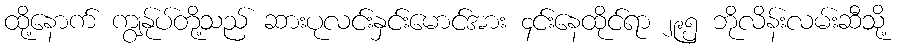
ထို့နောက် ကျွန်ုပ်တို့သည် ဆားပုလင်းနှင်းမောင်အား ၄င်းနေထိုင်ရာ ၂၉၅ ဘိုလိန်းလမ်းဆီသို့